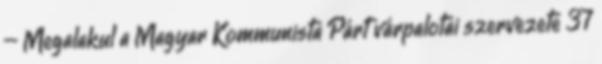
– Megalakul a Magyar Kommunista Párt várpalotai szervezete 37